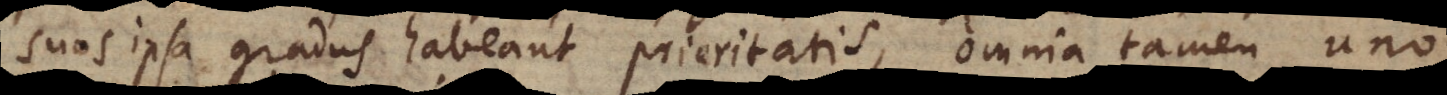
suos ipsa gradus habeant prioritatis, omnia tamen uno